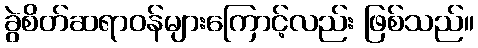
ခွဲစိတ်ဆရာဝန်များကြောင့်လည်း ဖြစ်သည်။